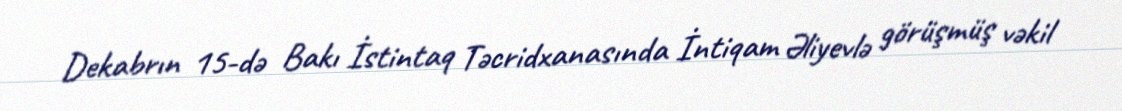
Dekabrın 15-də Bakı İstintaq Təcridxanasında İntiqam Əliyevlə görüşmüş vəkil